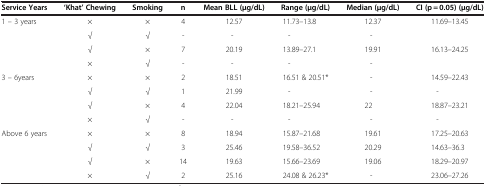
| Service Years | ‘Khat’ Chewing | Smoking | n | Mean BLL (μg/dL) | Range (μg/dL) | Median (μg/dL) | CI (p = 0.05) (μg/dL) |
 | --- | --- | --- | --- | --- | --- | --- | --- |
 | 1 – 3 years | × | × | 4 | 12.57 | 11.73–13.8 | 12.37 | 11.69–13.45 |
 |  | √ | √ | - | - | - | - |  |
 |  | √ | × | 7 | 20.19 | 13.89–27.1 | 19.91 | 16.13–24.25 |
 |  | × | √ | - | - | - | - |  |
 | 3 – 6years | × | × | 2 | 18.51 | 16.51 & 20.51* | - | 14.59–22.43 |
 |  | √ | √ | 1 | 21.99 | - | - | - |
 |  | √ | × | 4 | 22.04 | 18.21–25.94 | 22 | 18.87–23.21 |
 |  | × | √ | - | - | - | - | - |
 | Above 6 years | × | × | 8 | 18.94 | 15.87–21.68 | 19.61 | 17.25–20.63 |
 |  | √ | √ | 3 | 25.46 | 19.58–36.52 | 20.29 | 14.63–36.3 |
 |  | √ | × | 14 | 19.63 | 15.66–23.69 | 19.06 | 18.29–20.97 |
 |  | × | √ | 2 | 25.16 | 24.08 & 26.23* | - | 23.06–27.26 |